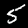
Digit: 5